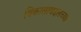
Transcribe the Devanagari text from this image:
विकासाबद्दलच्या